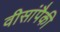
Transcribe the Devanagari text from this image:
वीसांपैकी